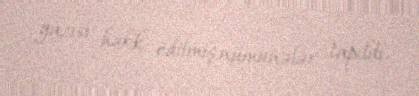
yazısı həkk edilmiş nümunələr tapıldı.